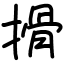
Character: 搰